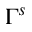
\Gamma ^ { s }